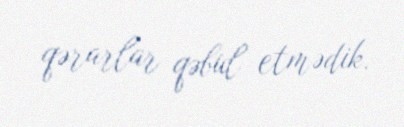
qərarlar qəbul etmədik.